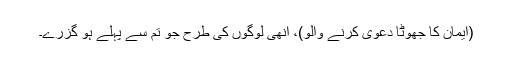
(ایمان کا جھوٹا دعویٰ کرنے والو)، اُنھی لوگوں کی طرح جو تم سے پہلے ہو گزرے۔